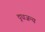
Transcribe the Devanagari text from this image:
दूधजन्य